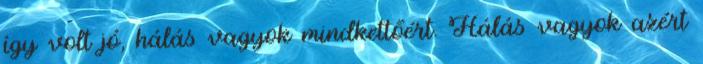
így volt jó, hálás vagyok mindkettőért. Hálás vagyok azért